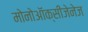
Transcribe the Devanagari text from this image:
मोनोऑक्सीजेनेज